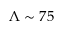
\Lambda \sim 7 5